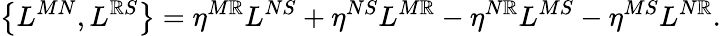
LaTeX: \left\{ L^{MN},L^{\mathbb{R}S}\right\} =\eta^{M\mathbb{R}}L^{NS}+\eta^{NS}L^{M\mathbb{R}}-\eta^{N\mathbb{R}}L^{MS}-\eta^{MS}L^{N\mathbb{R}}.